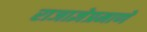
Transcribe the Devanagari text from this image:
राजाज्ञेप्रमाणे